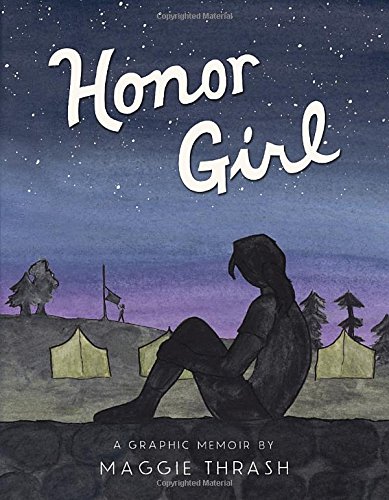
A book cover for Honor Girl: A Graphic Memoir; Maggie Thrash; Teen & Young Adult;